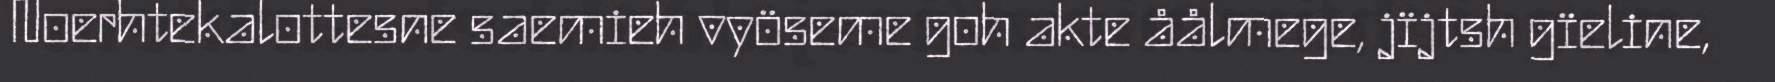
Noerhtekalottesne saemieh vyöseme goh akte åålmege, jïjtsh gïeline,